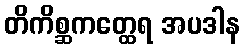
တိကိစ္ဆကတ္ထေရ အပဒါန